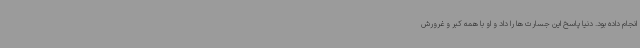
انجام داده بود. دنیا پاسخ این جسارت ها را داد و او با همه کبر و غرورش